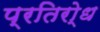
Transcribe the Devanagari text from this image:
प्रतिरो्ध